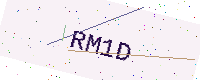
Text: RM1D